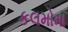
કલમોમા